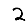
Digit: 2